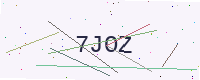
Text: 7JOZ